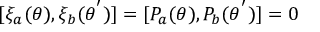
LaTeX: [ { \xi } _ { a } ( \theta ) , { \xi } _ { b } ( { \theta } ^ { ' } ) ] = [ P _ { a } ( { \theta } ) , P _ { b } ( { \theta } ^ { ' } ) ] = 0